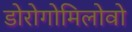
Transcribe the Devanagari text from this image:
डोरोगोमिलोवो